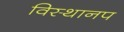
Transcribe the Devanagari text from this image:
विस्थानप